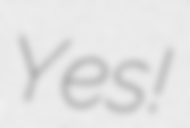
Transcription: Yes!